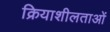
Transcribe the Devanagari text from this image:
क्रियाशीलताओं